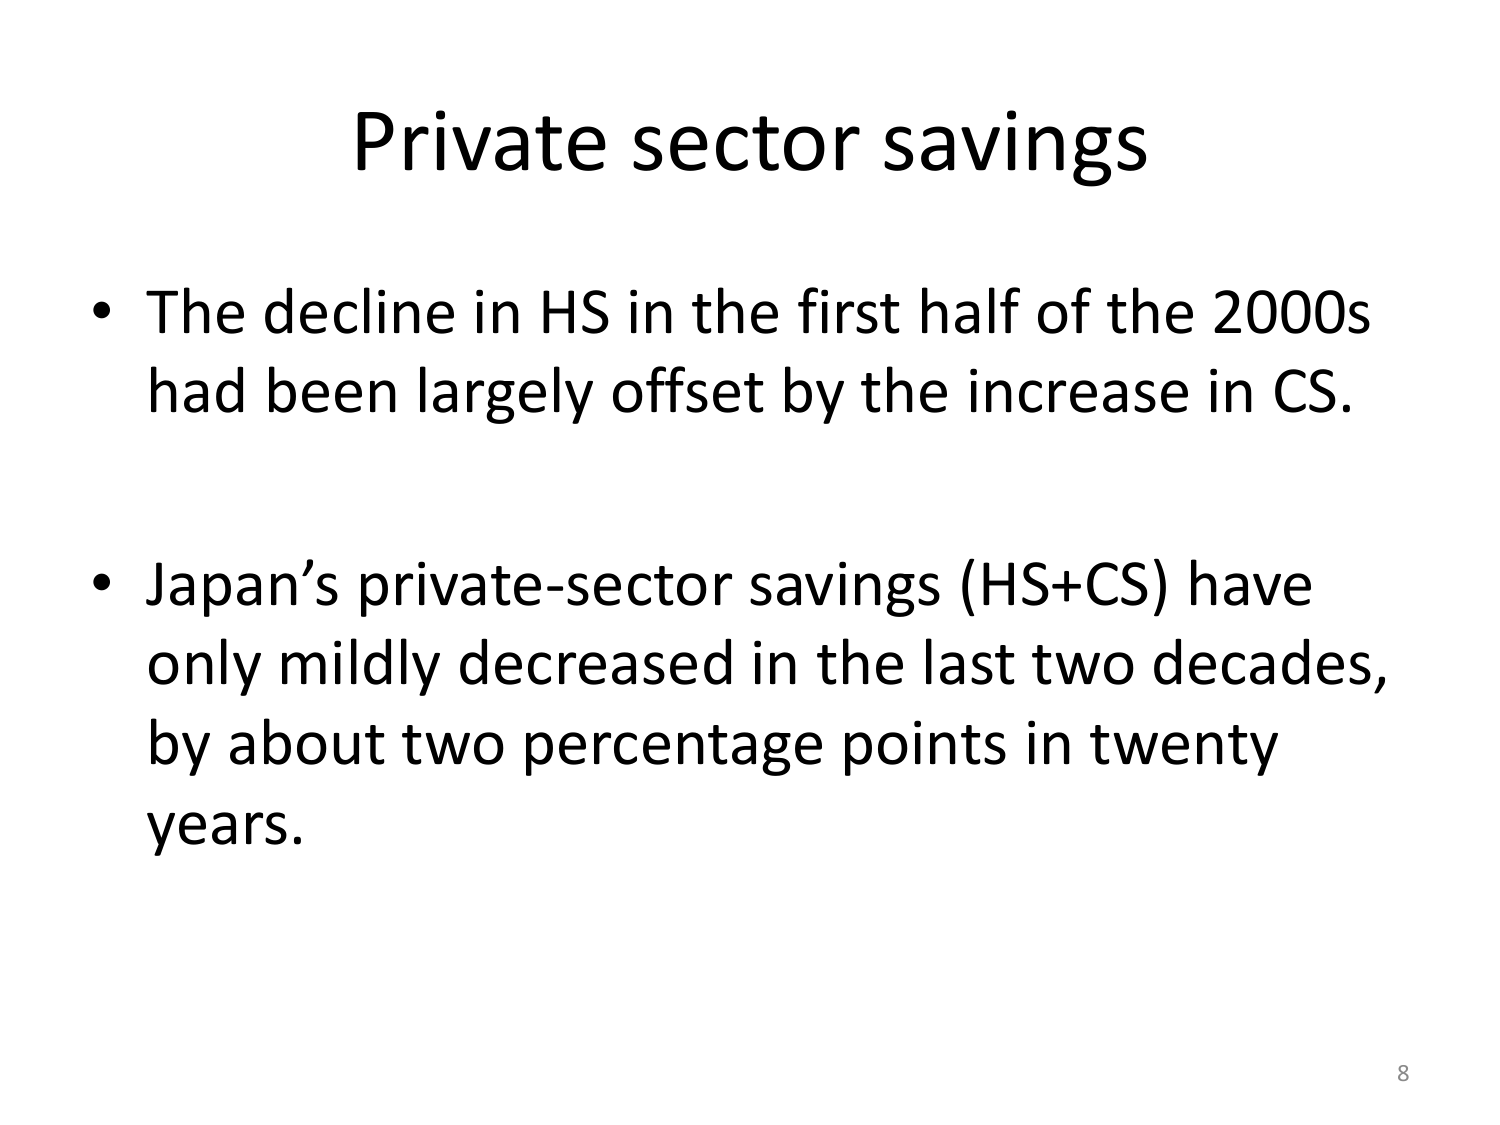
Private sector savings

• The decline in HS in the first half of the 2000s had been largely offset by the increase in CS.

• Japan’s private-sector savings (HS+CS) have only mildly decreased in the last two decades, by about two percentage points in twenty years.

8